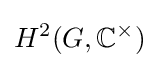
H^{2}(G,\mathbb {C} ^{\times })